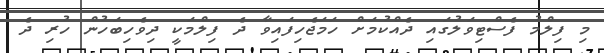
މި ފިލްމު ފެސްޓިވަލުގައި ދެއްކުމަށް ހަމަޖެހިފައިވާ ދެ ފިލްމަކީ ދިވެހިބަހުން ހުރި ދެ